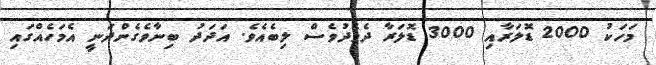
މަހަކު 2000 ޑޮލަރާއި 3000 ޑޮލަރާ ދެމެދުވެސް ލިބެއެވެ. އަދަދު ބިނާވެގެންދަނީ އެމަހެއްގައި